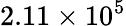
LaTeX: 2.11\times 10^{5}